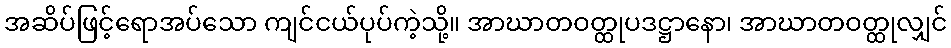
အဆိပ်ဖြင့်ရောအပ်သော ကျင်ငယ်ပုပ်ကဲ့သို့။ အာဃာတဝတ္ထုပဒဋ္ဌာနော၊ အာဃာတဝတ္ထုလျှင်